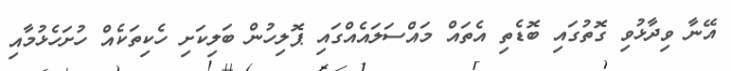
އޭނާ ވިދާޅުވި ގޮތުގައި ބޮޑެތި އެތައް މައްސަލައެއްގައި ޕޮލިހުން ބަލިކަށި ހެކިތަކެއް ހުށަހެޅުމާއި